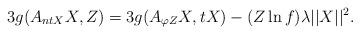
LaTeX: \begin{align*}3g(A_{ntX}X, Z)= 3g(A_{\varphi Z}X, tX)-(Z\ln f)\lambda\vert\vert X \vert\vert^{2}.\end{align*}